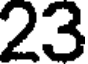
23